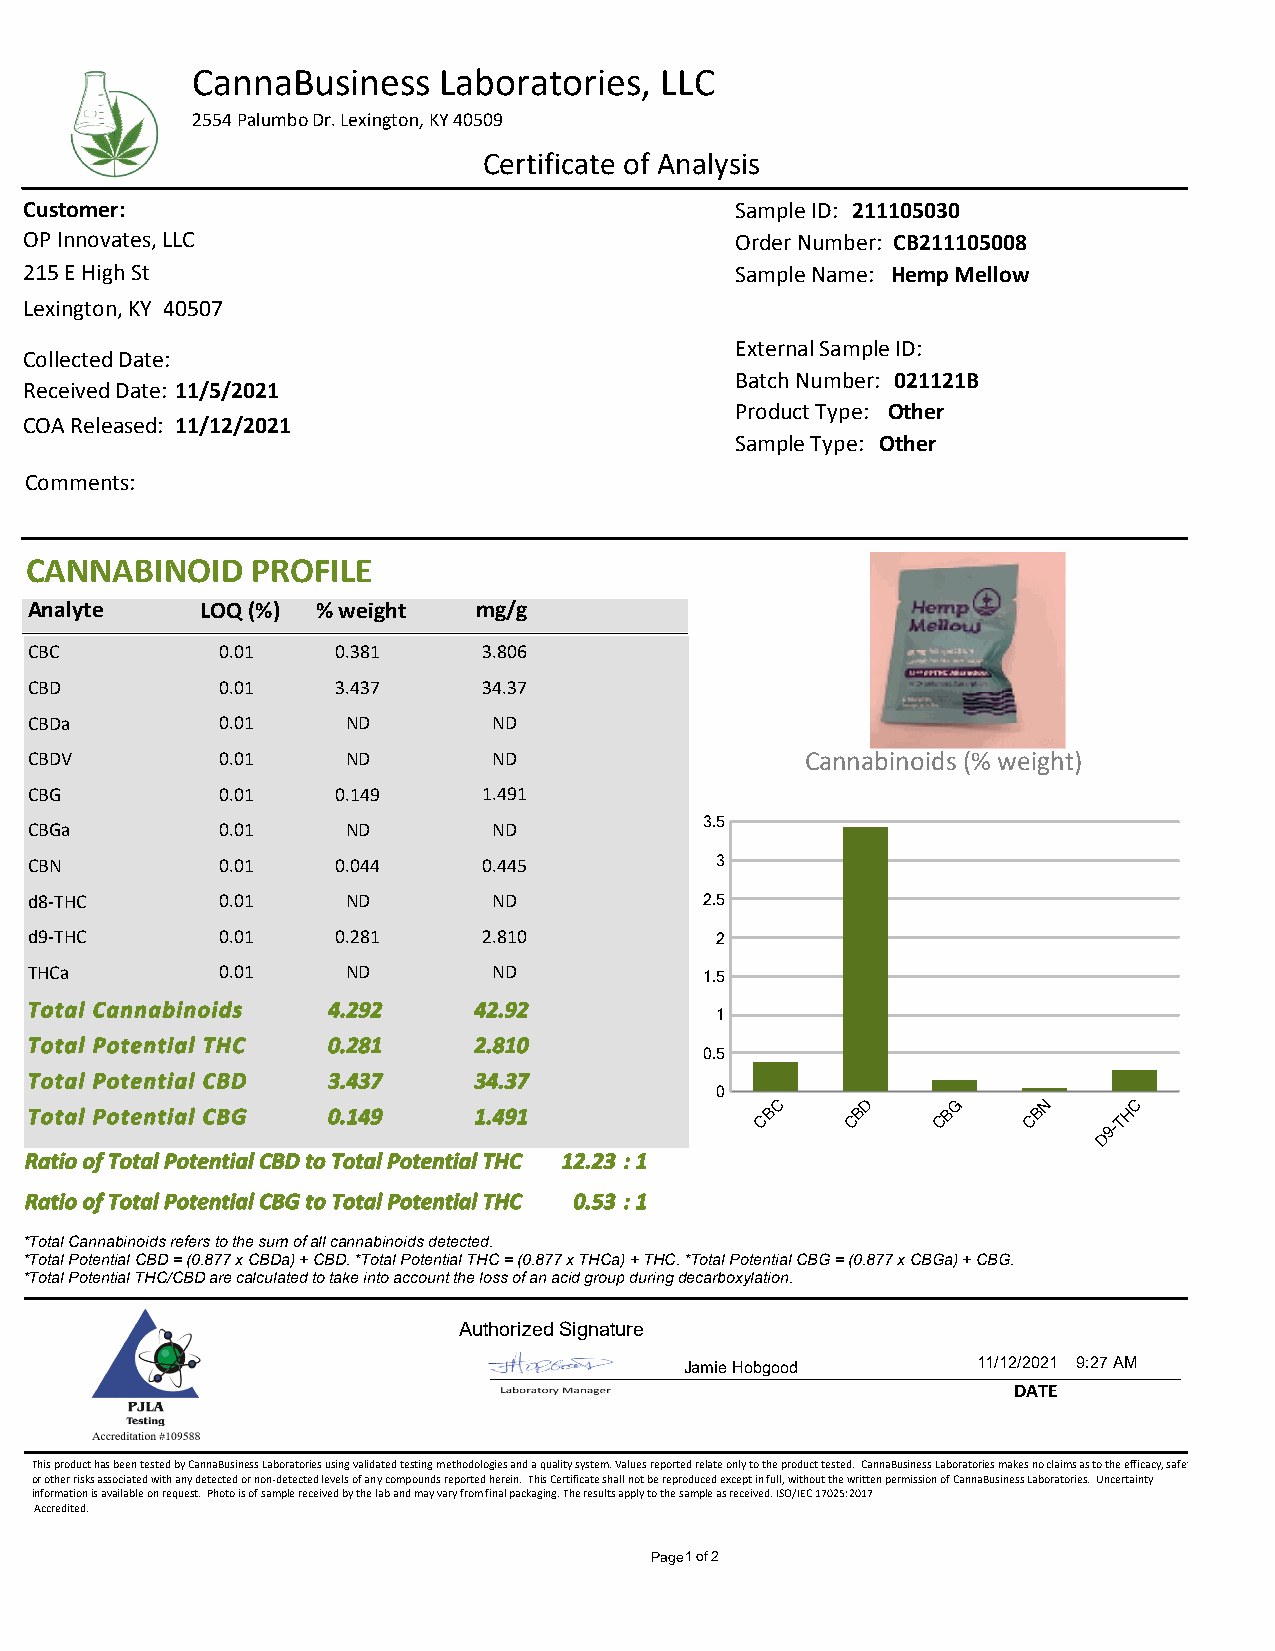
CannaBusiness   Laboratories,  LLC
 2554 Palumbo Dr. Lexington, KY 40509
 Certificate of Analysis
 Customer:                                      Sample ID: 211105030
 OP Innovates, LLC                              Order Number: CB211105008
 215 E High St                                  Sample Name: Hemp Mellow
 Lexington, KY 40507
 External Sample ID:
 Collected Date:
 Batch Number: 021121B
 Received Date: 11/5/2021
 Product Type: Other
 COA Released: 11/12/2021
 Sample Type: Other
 Comments:
 CANNABINOID    PROFILE
 Analyte    LOQ (%) % weight  mg/g
 CBC         0.01    0.381     3.806
 CBD         0.01    3.437     34.37
 CBDa        0.01     ND        ND
 CBDV        0.01     ND        ND                  Cannabinoids (% weight)
 CBG         0.01    0.149     1.491
 3.5
 CBGa        0.01     ND        ND
 CBN         0.01    0.044     0.445          3
 d8-THC      0.01     ND        ND            2.5
 d9-THC      0.01    0.281     2.810          2
 THCa        0.01     ND        ND            1.5
 Total Cannabinoids  4.292    42.92
 1
 Total Potential THC 0.281    2.810
 0.5
 Total Potential CBD 3.437    34.37
 0
 C     D     G     N     C
 Total Potential CBG 0.149    1.491               B     B     B     B     H
 C     C     C     C    9-T
 D
 Ratio of Total Potential CBD to Total Potential THC 12.23 : 1
 Ratio of Total Potential CBG to Total Potential THC 0.53 : 1
 *Total Cannabinoids refers to the sum of all cannabinoids detected.
 *Total Potential CBD = (0.877 x CBDa) + CBD. *Total Potential THC = (0.877 x THCa) + THC. *Total Potential CBG = (0.877 x CBGa) + CBG.
 *Total Potential THC/CBD are calculated to take into account the loss of an acid group during decarboxylation.
 Authorized Signature
 Jamie Hobgood       11/12/2021 9:27 AM
 DATE
 This product has been tested by CannaBusiness Laboratories using validated testing methodologies and a quality system. Values reported relate only to the product tested. CannaBusiness Laboratories makes no claims as to the efficacy, safety,
 or other risks associated with any detected or non-detected levels of any compounds reported herein. This Certificate shall not be reproduced except in full, without the written permission of CannaBusiness Laboratories. Uncertainty
 information is available on request. Photo is of sample received by the lab and may vary from final packaging. The results apply to the sample as received. ISO/IEC 17025:2017
 Accredited.
 Page1of2